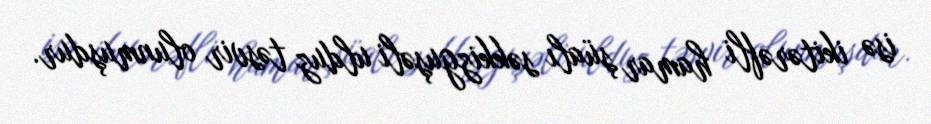
isə ikitərəfli hamar şüalı səkkizguşəli ulduz təsvir olunmuşdur.